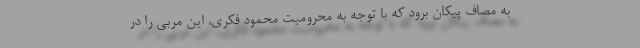
به مصاف پیکان برود که با توجه به محرومیت محمود فکری، این مربی را در